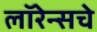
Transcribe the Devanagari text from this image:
लॉरेन्सचे